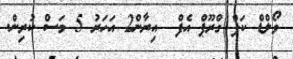
ވޯލްޑް ކަޕް ގްރޫޕް އެފް  އިރާން2 އަހަރު 5 މަސް ކުރިން.